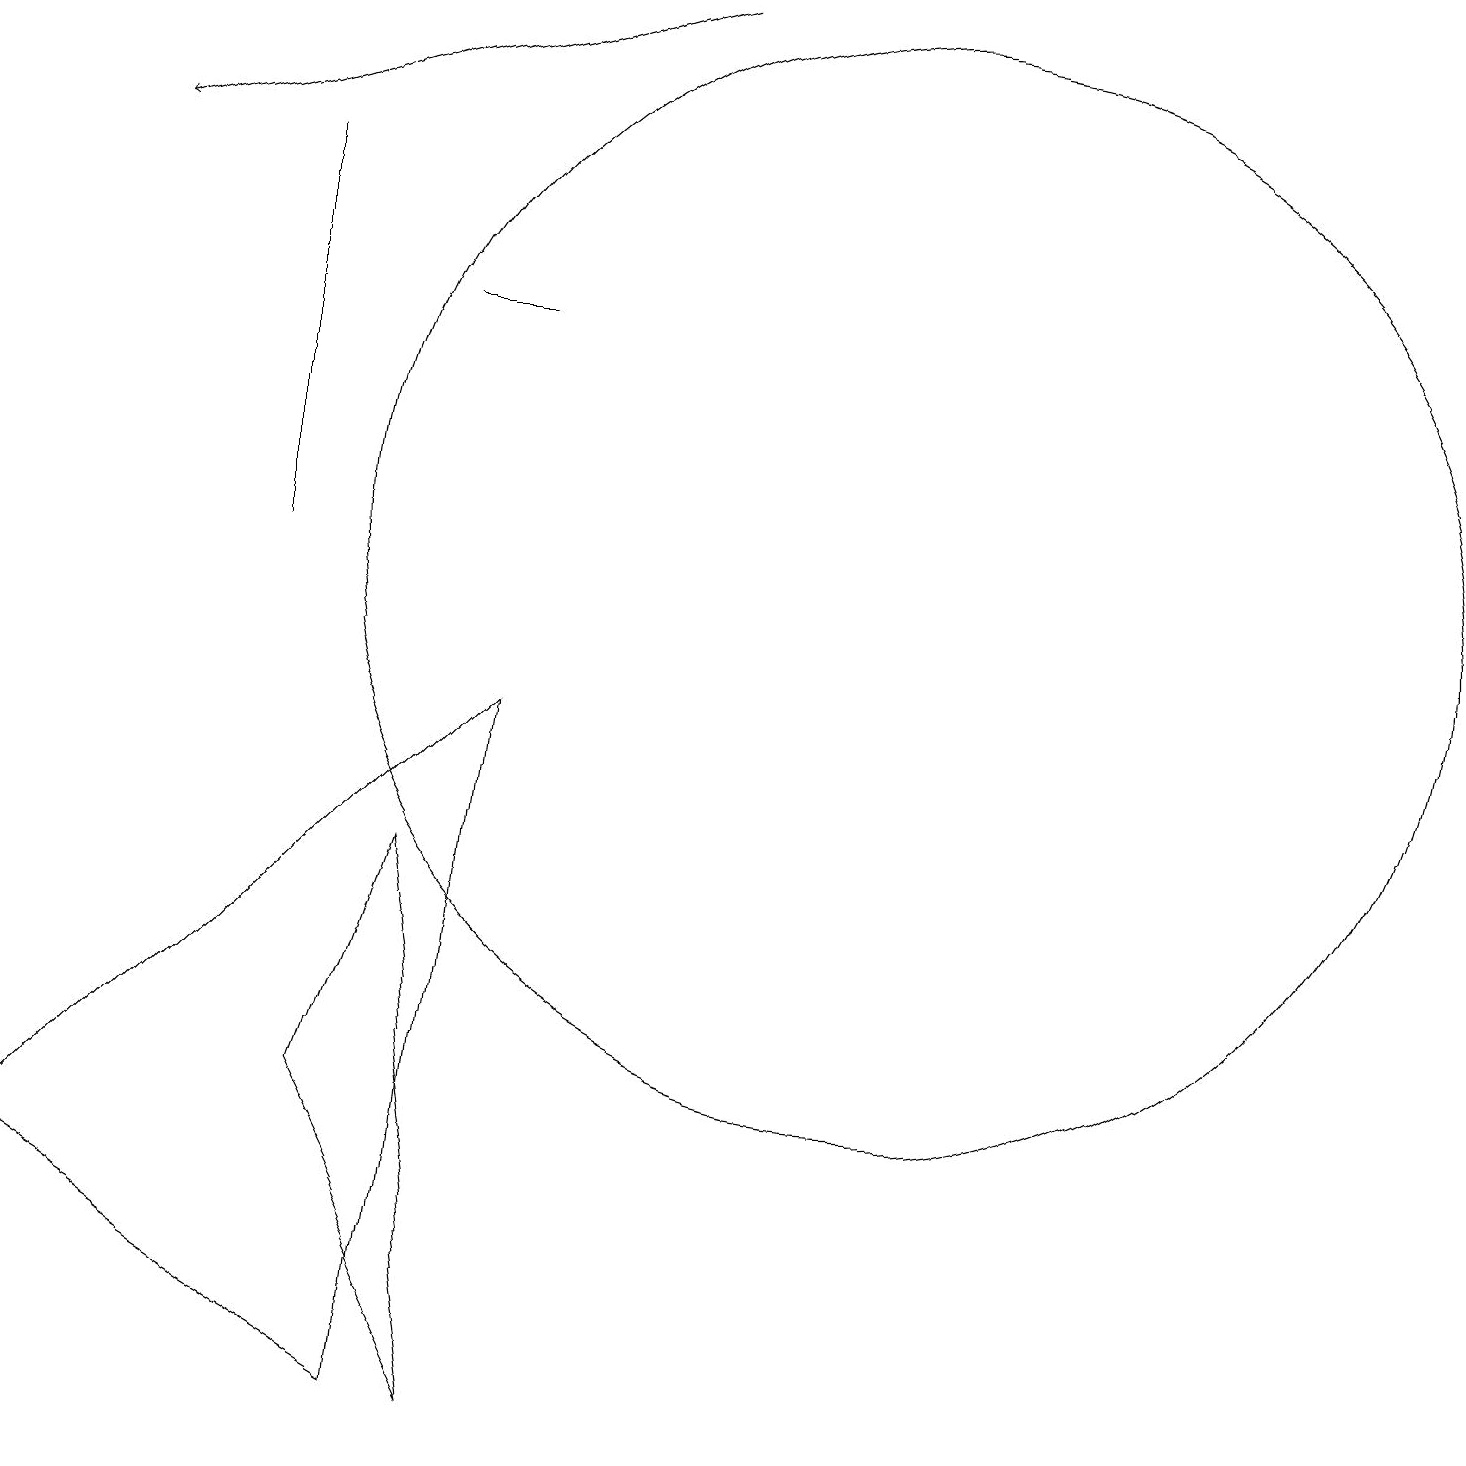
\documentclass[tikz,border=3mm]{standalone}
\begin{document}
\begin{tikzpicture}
\draw (12,11) circle (7);
\draw (6,0) -- (1,3) -- (7,9) -- cycle;
\draw (6,14) rectangle (7,14);
\draw (7,0) -- (6,7) -- (5,4) -- cycle;
\draw (4,16) rectangle (4,11);
\draw[->] (9,18) -- (2,16);
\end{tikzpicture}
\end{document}